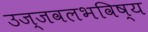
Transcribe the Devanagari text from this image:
उज्जवलभविष्य